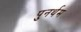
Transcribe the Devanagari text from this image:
पुनर्थम